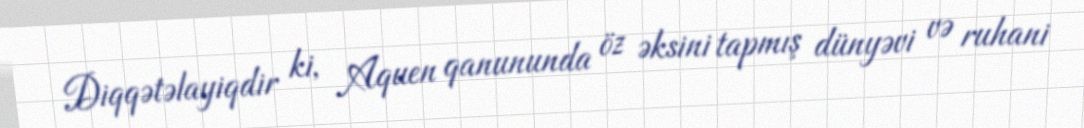
Diqqətəlayiqdir ki, Aquen qanununda öz əksini tapmış dünyəvi və ruhani